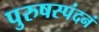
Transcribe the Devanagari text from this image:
पुरुषस्पंदनं